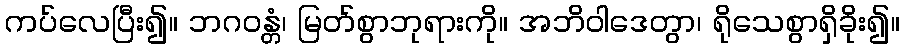
ကပ်လေပြီး၍။ ဘဂဝန္တံ၊ မြတ်စွာဘုရားကို။ အဘိဝါဒေတွာ၊ ရိုသေစွာရှိခိုး၍။